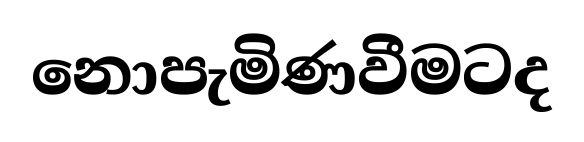
නොපැමිණවීමටද